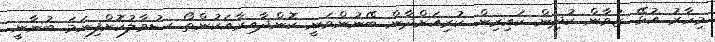
މިހާރު އުޅޭ ޒުވާން ކުދިން ކައިރިން ކުރިއަށްދާން ބޭނުންވަނީ ކޮންދާއިރާއަކުންތޯ ސުވާލުކޮށްފިނަމަ ބުނާނީ